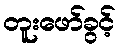
တူးဖော်ခွင့်